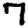
Digit: 7